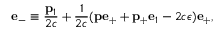
{ \bf e } _ { - } \equiv \frac { { \bf p } _ { 1 } } { 2 c } + \frac { 1 } { 2 c } ( { \bf p } { \bf e } _ { + } + { \bf p _ { + } } { \bf e } _ { 1 } - 2 c \epsilon ) { \bf e } _ { + } ,